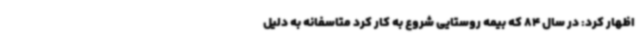
اظهار کرد: در سال 84 که بیمه روستایی شروع به کار کرد متاسفانه به دلیل